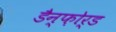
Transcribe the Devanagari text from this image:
डैन्फ़ोर्ड